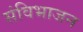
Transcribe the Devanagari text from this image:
संविभाजन